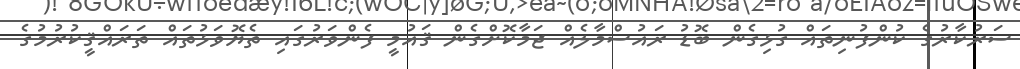
ސަރުކާރުގެ ކުންފުނިތައް ގުޅިގެން ބޮޑު ރައުސްމާލެއް ޖަމާކޮށްގެން ޤައުމީ ފެންވަރުގައި ތެޔޮވަޅުތައް ތަރައްޤީކުރުމުގެ